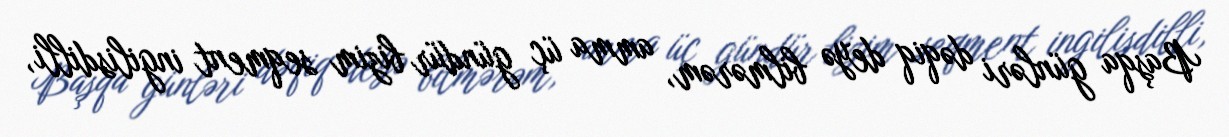
Başqa günləri dəqiq deyə bilmərəm, amma üç gündür bizim seqment ingilisdilli,